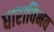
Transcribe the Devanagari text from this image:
धाराविभव